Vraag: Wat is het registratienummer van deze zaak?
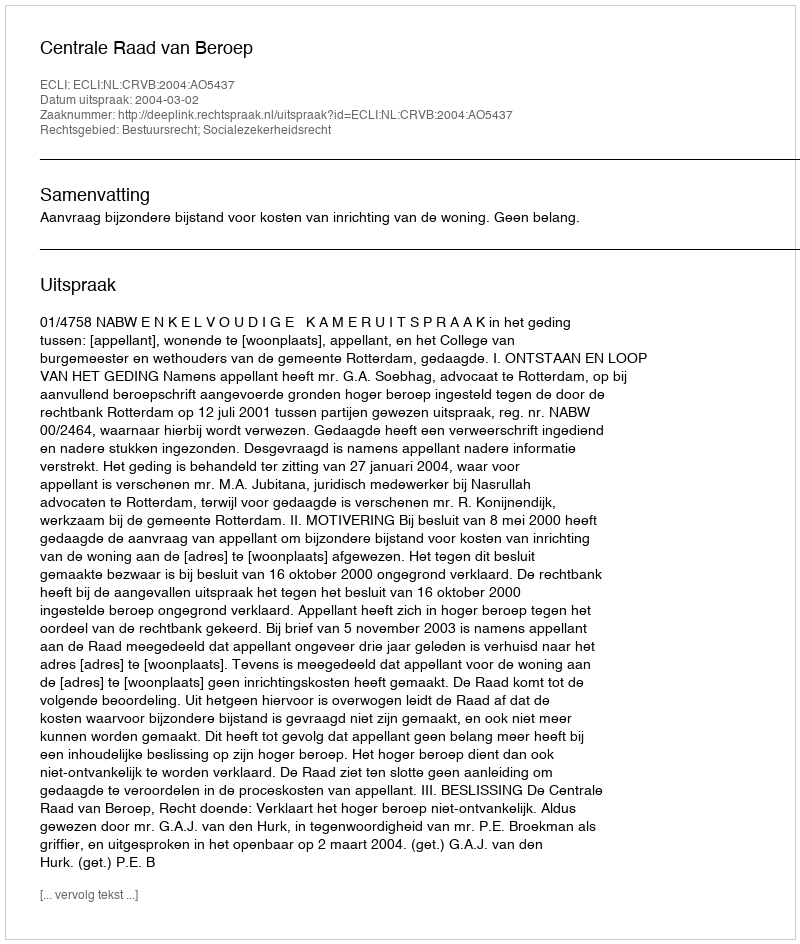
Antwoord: http://deeplink.rechtspraak.nl/uitspraak?id=ECLI:NL:CRVB:2004:AO5437